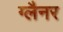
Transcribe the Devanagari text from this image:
ग्लैनर